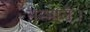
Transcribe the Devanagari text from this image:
सम्भाले।